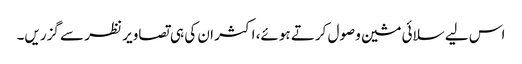
اس لیے سلائی مشین وصول کرتے ہوئے، اکثر ان کی ہی تصاویر نظر سے گزریں۔